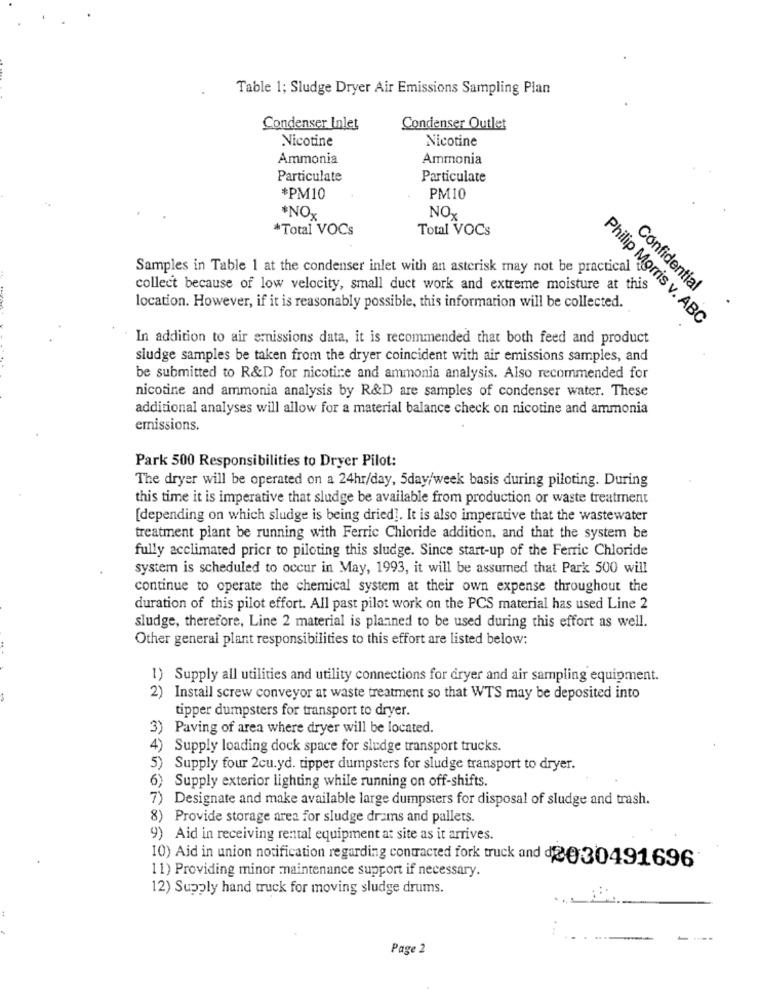
Table 1; Sludge Dryer Air Emissions Sampling Plan
Condenser Inlet
Condenser Outlet
Nicotine
Nicotine
Ammonia
Ammonia
Particulate
Particulate
*PM10
PM10
*NOx
NOX
*Total VOCs
Total VOCs
Samples in Table 1 at the condenser inlet with an asterisk may not be practical i
collect because of low velocity, small duct work and extreme moisture at this
Confidential
location. However, if it is reasonably possible, this information will be collected.
Philip Morris v. ABC
In addition to air emissions data, it is recommended that both feed and product
sludge samples be taken from the dryer coincident with air emissions samples, and
be submitted to R&D for nicotine and ammonia analysis. Also recommended for
nicotine and ammonia analysis by R&D are samples of condenser water. These
additional analyses will allow for a material balance check on nicotine and ammonia
emissions.
Park 500 Responsibilities to Dryer Pilot:
The dryer will be operated on a 24hr/day, 5day/week basis during piloting. During
this time it is imperative that sludge be available from production or waste treatment
[depending on which sludge is being dried]. It is also imperative that the wastewater
treatment plant be running with Ferric Chloride addition, and that the system be
fully acclimated pricr to piloting this sludge. Since start-up of the Ferric Chloride
system is scheduled to occur in May, 1993, it will be assumed that Park 500 will
continue to operate the chemical system at their own expense throughout the
duration of this pilot effort. All past pilot work on the PCS material has used Line 2
sludge, therefore, Line 2 material is planned to be used during this effort as well.
Other general plant responsibilities to this effort are listed below:
1) Supply all utilities and utility connections for dryer and air sampling equipment.
$
2) Install screw conveyor at waste treatment so that WTS may be deposited into
tipper dumpsters for transport to dryer.
3) Paving of area where dryer will be located.
4) Supply loading dock space for sludge transport trucks.
5) Supply four 2cu.yd. tipper dumpsters for sludge transport to dryer.
6) Supply exterior lighting while running on off-shifts.
7) Designate and make available large dumpsters for disposal of sludge and trash.
8) Provide storage area for sludge drams and pallets.
9) Aid in receiving rental equipment at site as it arrives.
10) Aid in union notification regarding contracted fork truck and d2030491696
11) Providing minor maintenance support if necessary.
12) Supply hand truck for moving sludge drums.
. . .
:
....----
---
Page 2